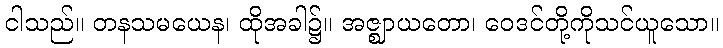
ငါသည်။ တနသမယေန၊ ထိုအခါ၌။ အဇ္ဈာယတော၊ ဝေဒင်တို့ကိုသင်ယူသော။